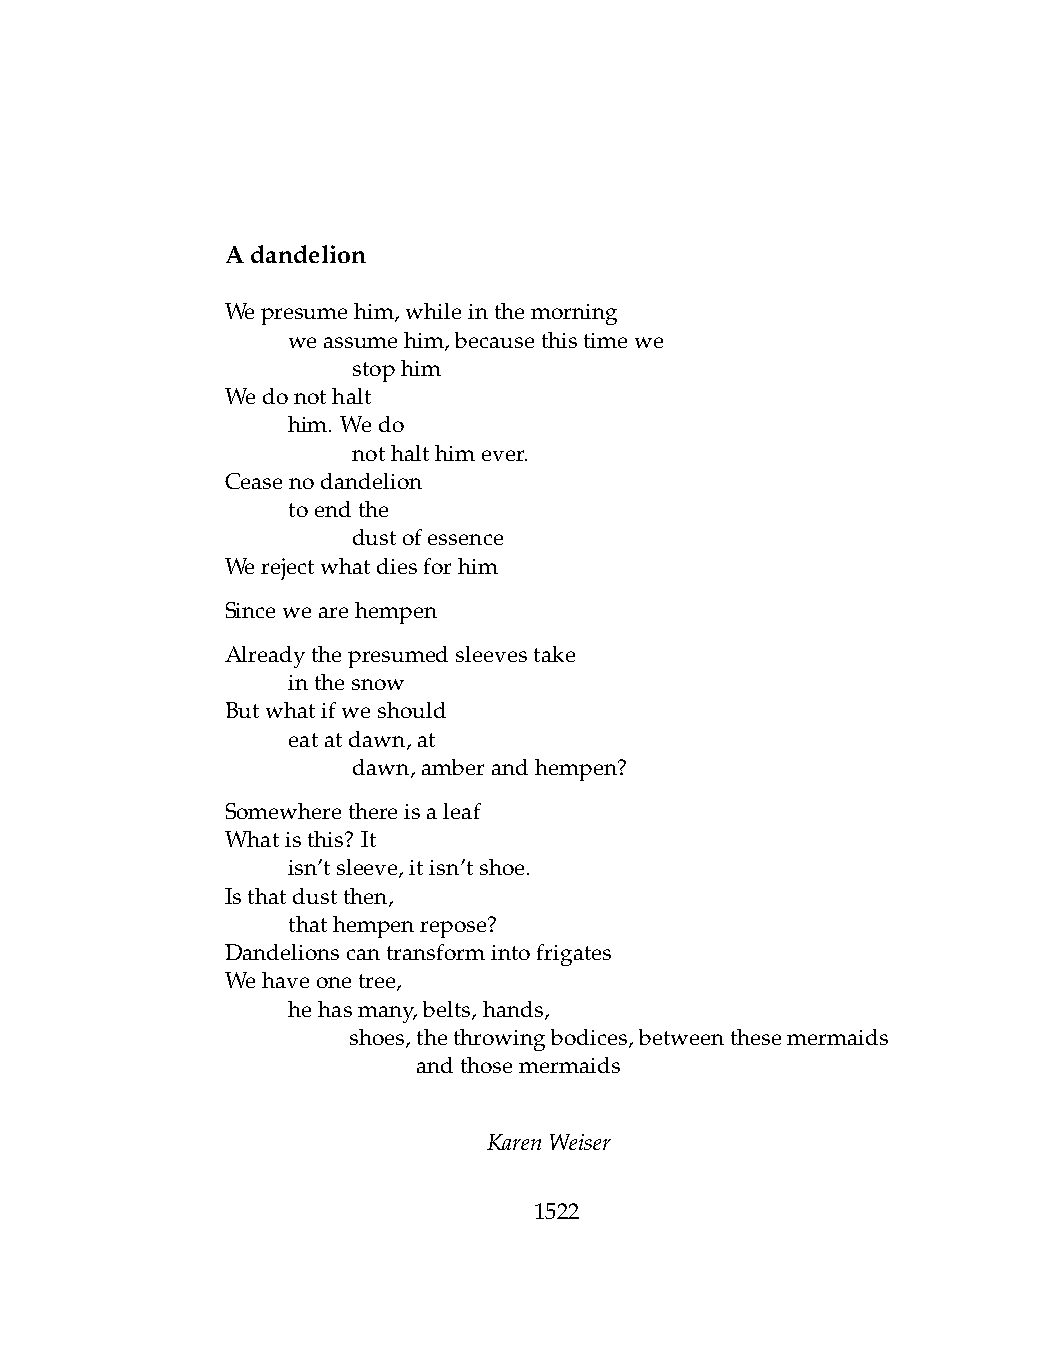
Adandelion
 Wepresumehim,whileinthemorning
 .   weassumehim,becausethistimewe
 .   .   stophim
 Wedonothalt
 .   him. Wedo
 .   .   nothalthimever.
 Ceasenodandelion
 .   toendthe
 .   .   dustofessence
 Werejectwhatdiesforhim
 Sincewearehempen
 Alreadythepresumedsleevestake
 .   inthesnow
 Butwhatifweshould
 .   eatatdawn,at
 .   .   dawn,amberandhempen?
 Somewherethereisaleaf
 Whatisthis? It
 .   isn’tsleeve,itisn’tshoe.
 Isthatdustthen,
 .   thathempenrepose?
 Dandelionscantransformintofrigates
 Wehaveonetree,
 .   hehasmany,belts,hands,
 .   .   shoes,thethrowingbodices,betweenthesemermaids
 .   .   .    andthosemermaids
 KarenWeiser
 1522